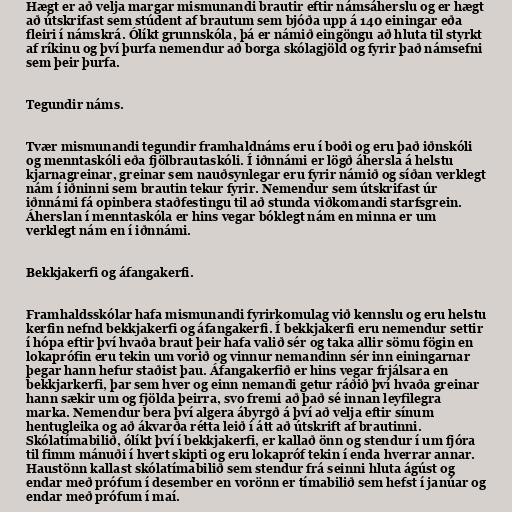
Hægt er að velja margar mismunandi brautir eftir námsáherslu og er hægt
að útskrifast sem stúdent af brautum sem bjóða upp á 140 einingar eða
fleiri í námskrá. Ólíkt grunnskóla, þá er námið eingöngu að hluta til styrkt
af ríkinu og því þurfa nemendur að borga skólagjöld og fyrir það námsefni
sem þeir þurfa.

Tegundir náms.

Tvær mismunandi tegundir framhaldnáms eru í boði og eru það iðnskóli
og menntaskóli eða fjölbrautaskóli. Í iðnnámi er lögð áhersla á helstu
kjarnagreinar, greinar sem nauðsynlegar eru fyrir námið og síðan verklegt
nám í iðninni sem brautin tekur fyrir. Nemendur sem útskrifast úr
iðnnámi fá opinbera staðfestingu til að stunda viðkomandi starfsgrein.
Áherslan í menntaskóla er hins vegar bóklegt nám en minna er um
verklegt nám en í iðnnámi.

Bekkjakerfi og áfangakerfi.

Framhaldsskólar hafa mismunandi fyrirkomulag við kennslu og eru helstu
kerfin nefnd bekkjakerfi og áfangakerfi. Í bekkjakerfi eru nemendur settir
í hópa eftir því hvaða braut þeir hafa valið sér og taka allir sömu fögin en
lokaprófin eru tekin um vorið og vinnur nemandinn sér inn einingarnar
þegar hann hefur staðist þau. Áfangakerfið er hins vegar frjálsara en
bekkjarkerfi, þar sem hver og einn nemandi getur ráðið því hvaða greinar
hann sækir um og fjölda þeirra, svo fremi að það sé innan leyfilegra
marka. Nemendur bera því algera ábyrgð á því að velja eftir sínum
hentugleika og að ákvarða rétta leið í átt að útskrift af brautinni.
Skólatímabilið, ólíkt því í bekkjakerfi, er kallað önn og stendur í um fjóra
til fimm mánuði í hvert skipti og eru lokapróf tekin í enda hverrar annar.
Haustönn kallast skólatímabilið sem stendur frá seinni hluta ágúst og
endar með prófum í desember en vorönn er tímabilið sem hefst í janúar og
endar með prófum í maí.